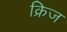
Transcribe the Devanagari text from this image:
क्रिज